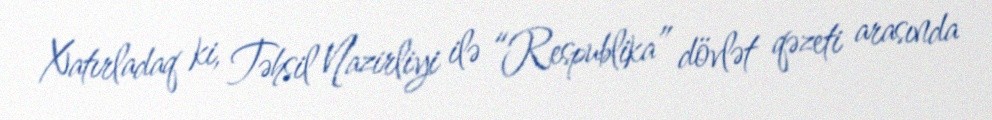
Xatırladaq ki, Təhsil Nazirliyi ilə “Respublika” dövlət qəzeti arasında